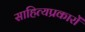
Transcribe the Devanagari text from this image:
साहित्यप्रकारों